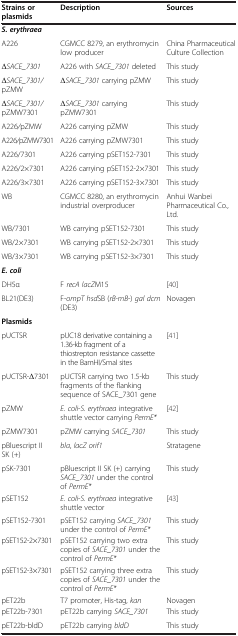
<table><thead><tr><td><b>Strains or plasmids</b></td><td><b>Description</b></td><td><b>Sources</b></td></tr></thead><tbody><tr><td><b><i>S. erythraea</i></b></td><td></td><td></td></tr><tr><td>A226</td><td>CGMCC 8279, an erythromycin low producer</td><td>China Pharmaceutical Culture Collection</td></tr><tr><td>Δ<i>SACE_7301</i></td><td>A226 with <i>SACE_7301</i> deleted</td><td>This study</td></tr><tr><td>Δ<i>SACE_7301/</i>pZMW</td><td>Δ<i>SACE_7301</i> carrying pZMW</td><td>This study</td></tr><tr><td>Δ<i>SACE_7301/</i>pZMW7301</td><td>Δ<i>SACE_7301</i> carrying pZMW7301</td><td>This study</td></tr><tr><td>A226<i>/</i>pZMW</td><td>A226 carrying pZMW</td><td>This study</td></tr><tr><td>A226<i>/</i>pZMW7301</td><td>A226 carrying pZMW7301</td><td>This study</td></tr><tr><td>A226/7301</td><td>A226 carrying pSET152-7301</td><td>This study</td></tr><tr><td>A226/2×7301</td><td>A226 carrying pSET152-2×7301</td><td>This study</td></tr><tr><td>A226/3×7301</td><td>A226 carrying pSET152-3×7301</td><td>This study</td></tr><tr><td>WB</td><td>CGMCC 8280, an erythromycin industrial overproducer</td><td>Anhui Wanbei Pharmaceutical Co., Ltd.</td></tr><tr><td>WB/7301</td><td>WB carrying pSET152-7301</td><td>This study</td></tr><tr><td>WB/2×7301</td><td>WB carrying pSET152-2×7301</td><td>This study</td></tr><tr><td>WB/3×7301</td><td>WB carrying pSET152-3×7301</td><td>This study</td></tr><tr><td><b><i>E. coli</i></b></td><td></td><td></td></tr><tr><td>DH5α</td><td>F <i>recA lacZ</i>M15</td><td>[40]</td></tr><tr><td>BL21(DE3)</td><td>F-<i>ompT hsd</i>SB (<i>rB</i>-<i>mB</i>-) <i>gal dcm</i> (DE3)</td><td>Novagen</td></tr><tr><td><b>Plasmids</b></td><td></td><td></td></tr><tr><td>pUCTSR</td><td>pUC18 derivative containing a 1.36-kb fragment of a thiostrepton resistance cassette in the BamHI/SmaI sites</td><td>[41]</td></tr><tr><td>pUCTSR-Δ7301</td><td>pUCTSR carrying two 1.5-kb fragments of the flanking sequence of SACE_7301 gene</td><td>This study</td></tr><tr><td>pZMW</td><td><i>E. coli</i>-<i>S. erythraea</i> integrative shuttle vector carrying <i>PermE*</i></td><td>[42]</td></tr><tr><td>pZMW7301</td><td>pZMW carrying <i>SACE_7301</i></td><td>This study</td></tr><tr><td>pBluescript II SK (+)</td><td><i>bla</i>, <i>lacZ orif1</i></td><td>Stratagene</td></tr><tr><td>pSK-7301</td><td>pBluescript II SK (+) carrying <i>SACE_7301</i> under the control of <i>PermE*</i></td><td>This study</td></tr><tr><td>pSET152</td><td><i>E. coli</i>-<i>S. erythraea</i> integrative shuttle vector</td><td>[43]</td></tr><tr><td>pSET152-7301</td><td>pSET152 carrying <i>SACE_7301</i> under the control of <i>PermE*</i></td><td>This study</td></tr><tr><td>pSET152-2×7301</td><td>pSET152 carrying two extra copies of <i>SACE_7301</i> under the control of <i>PermE*</i></td><td>This study</td></tr><tr><td>pSET152-3×7301</td><td>pSET152 carrying three extra copies of <i>SACE_7301</i> under the control of <i>PermE*</i></td><td>This study</td></tr><tr><td>pET22b</td><td>T7 promoter, His-tag, <i>kan</i></td><td>Novagen</td></tr><tr><td>pET22b-7301</td><td>pET22b carrying <i>SACE_7301</i></td><td>This study</td></tr><tr><td>pET22b-bldD</td><td>pET22b carrying <i>bldD</i></td><td>This study</td></tr></tbody></table>